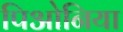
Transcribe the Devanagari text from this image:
पिओनिया